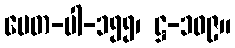
ပေတ-ပါ-၁၅၅၊ ဋ္ဌ-၁၀၉။